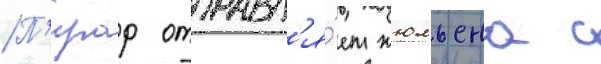
П'ирар отправл'я́ет жюльена с